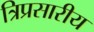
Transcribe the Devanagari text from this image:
त्रिप्रसारीय